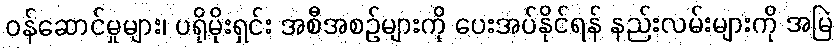
ဝန်ဆောင်မှုများ၊ ပရိုမိုးရှင်း အစီအစဉ်များကို ပေးအပ်နိုင်ရန် နည်းလမ်းများကို အမြဲ